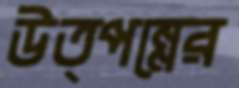
উত্পন্নের